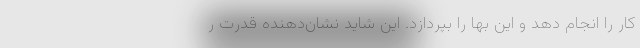
کار را انجام دهد و این بها را بپردازد. این شاید نشان‌دهنده قدرت ر